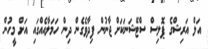
އަލް އަރިޝްގެ ޕޮލިސް ސްޓޭޝަނަކަށް ޖާނުން ފިދާވެގެން ދިން ހަމަލާއެއްގައި އަށް މީހުން